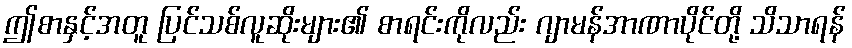
ဤစာနှင့်အတူ ပြင်သစ်လူဆိုးများ၏ စာရင်းကိုလည်း ဂျာမန်အာဏာပိုင်တို့ သိသာရန်